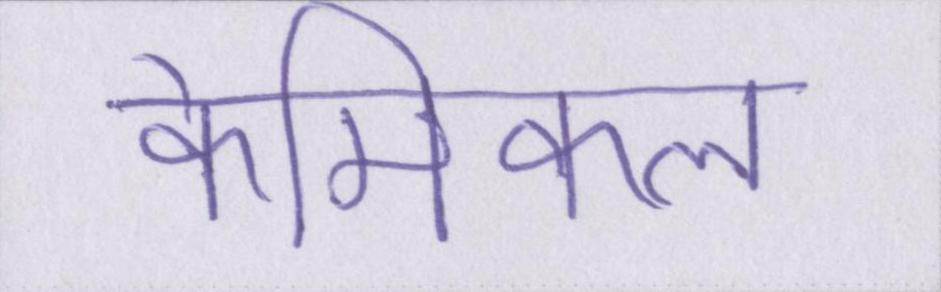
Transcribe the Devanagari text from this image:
केमिकल